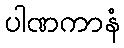
ပါဏကာနံ